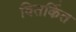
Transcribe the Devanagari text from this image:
वितर्कित